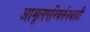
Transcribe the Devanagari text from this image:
आमूलपरिवर्तनवादी